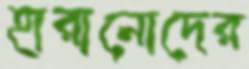
হারানোদের